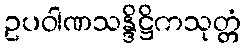
ဥပဝါဏသန္ဒိဋ္ဌိကသုတ္တံ